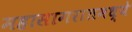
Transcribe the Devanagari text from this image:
महासागरातमध्ये